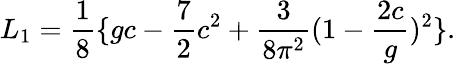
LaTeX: L_{1}={\frac{1}{8}}\{ gc-{\frac{7}{2}}c^{2}+{\frac{3}{8\pi^{2}}}(1-{\frac{2c}{g}})^{2}\} .